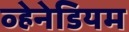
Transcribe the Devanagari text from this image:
व्हेनेडियम